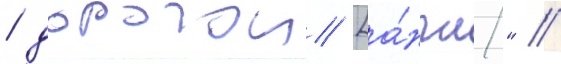
/ дорогои [а́нгл." //